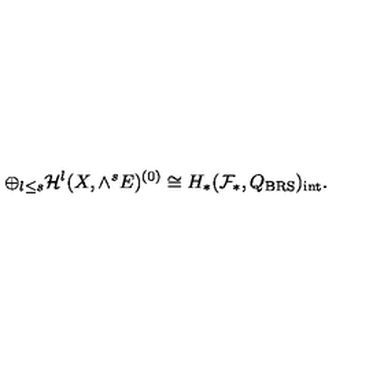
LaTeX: \oplus _ { l \le s } { \cal H } ^ { l } ( X , \wedge ^ { s } E ) ^ { ( 0 ) } \cong H _ { * } ( { \cal F } _ { * } , Q _ { \mathrm { B R S } } ) _ { \mathrm { i n t } } .